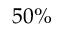
5 0 \%